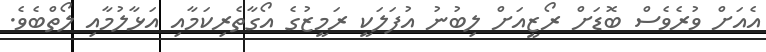
އެއަށް ވުރެވެސް ބޮޑަށް ރޯޒީއަށް ލިބުނު އުފަލަކީ ރަމީޒުގެ އޯގާތެރިކަމާއި އަޅާލުމާއި ލޯތްބެވެ.